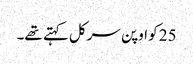
25 کو اوپن سرکل کہتے تھے۔